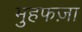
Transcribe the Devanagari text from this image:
मुहफज़ा